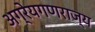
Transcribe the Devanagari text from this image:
अग्रेयगणराज्य